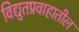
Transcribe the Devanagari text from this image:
विद्युतप्रवाहातील